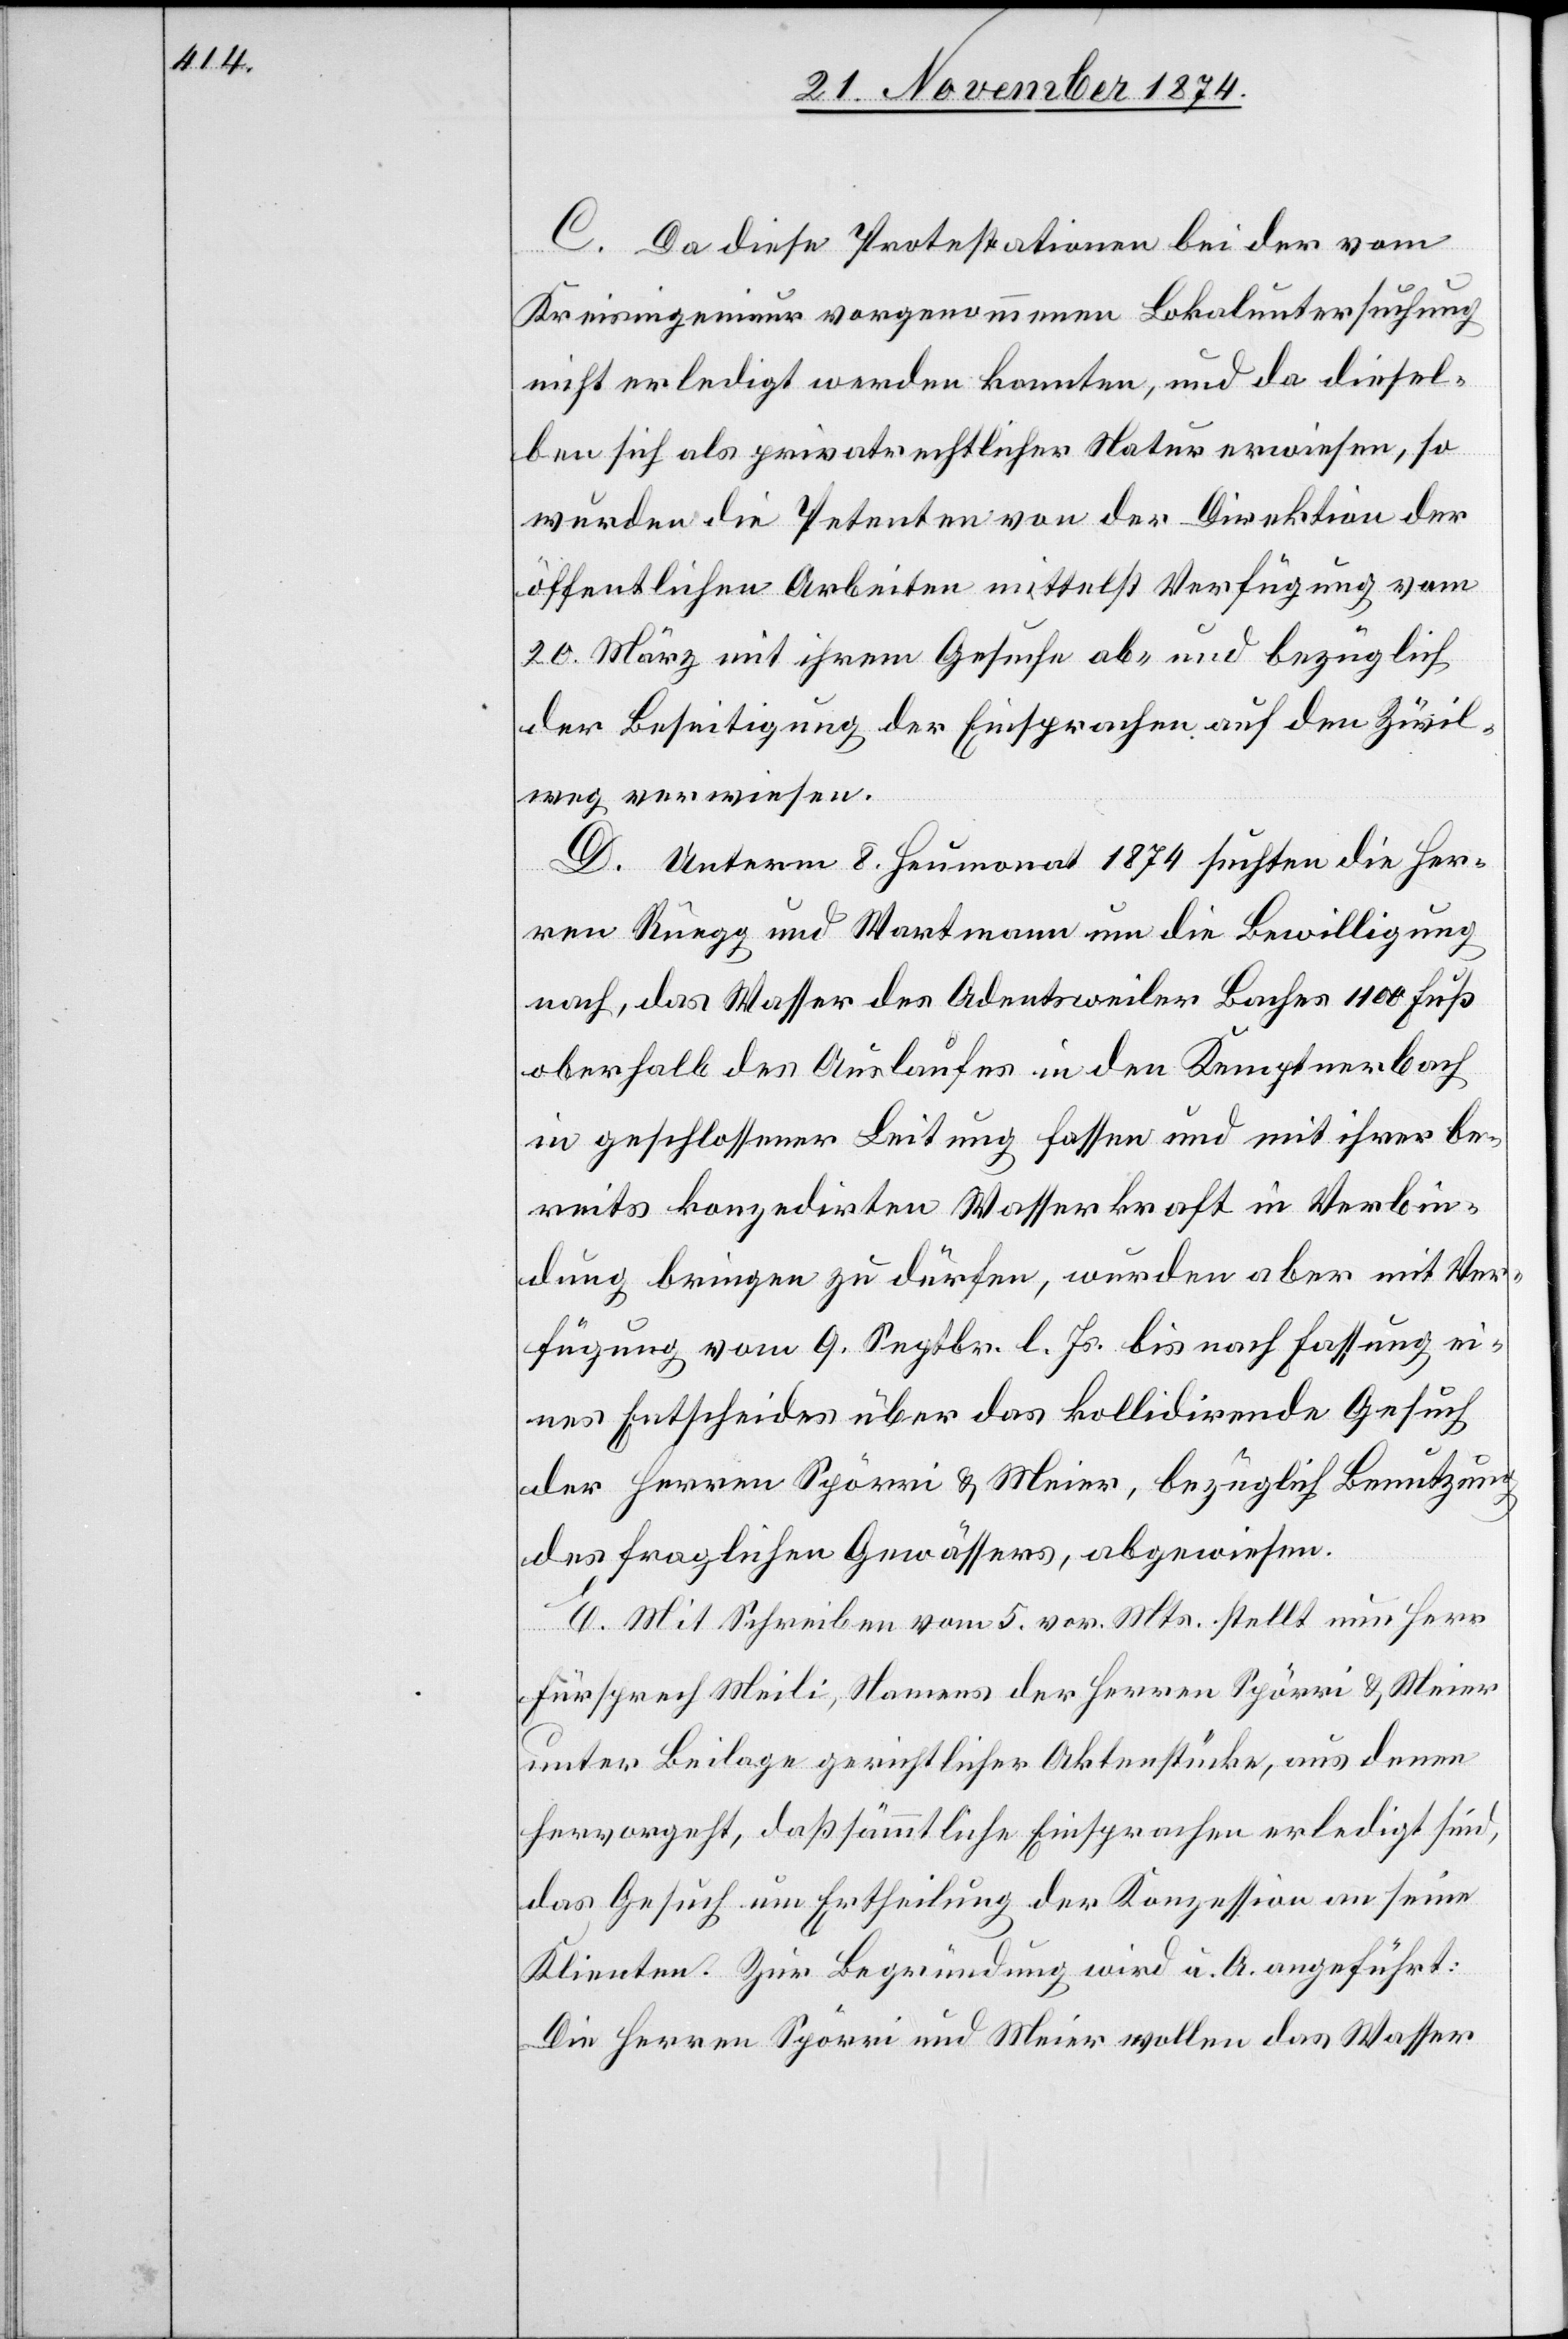
C. Da diese Protestationen bei der vom
Kreisingenieur vorgenommenen Lokaluntersuchung
nicht erledigt werden konnten, und da diesel¬
ben sich als privatrechtlicher Natur erwiesen, so
wurden die Petenten von der Direktion der
öffentlichen Arbeiten mittelst Verfügung vom
20. März mit ihrem Gesuche ab- und bezüglich
der Beseitigung der Einsprachen auf den Zivil¬
weg verwiesen.
D. Unterm 8. Heumonat 1874 suchten die Her¬
ren Rüegg und Wartmann um die Bewilligung
nach, das Wasser des Adentsweiler Baches 1100 Fuß
oberhalb des Auslaufes in den Kemptnerbach
in geschlossener Leitung fassen und mit ihrer be¬
reits konzedirten Wasserkraft in Verbin¬
dung bringen zu dürfen, wurden aber mit Ver¬
fügung vom 9. Septbr. l. Js. bis nach Fassung ei¬
nes Entscheides über das kollidirende Gesuch
der Herren Spörri & Meier, bezüglich Benutzung
des fraglichen Gewässers, abgewiesen.
E. Mit Schreiben vom 5. vor. Mts. stellt nun Herr
Fürsprech Meili, Namens der Herren Spörri & Meier
unter Beilage gerichtlicher Aktenstücke, aus denen
hervorgeht, daß sämmtliche Einsprachen erledigt sind,
das Gesuch um Ertheilung der Konzession an seine
Klienten. Zur Begründung wird u. A. angeführt:
Die Herren Spörri und Meier wollen das Wasser